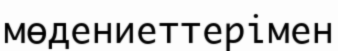
мөдениеттерімен